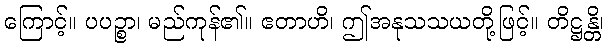
ကြောင့်။ ပပဉ္စာ၊ မည်ကုန်၏။ ဧတာဟိ၊ ဤအနုသသယတို့ဖြင့်။ တိဋ္ဌန္တိ၊